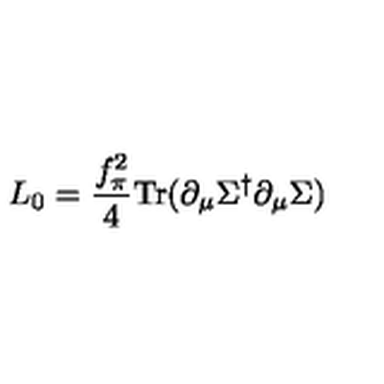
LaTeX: L _ { 0 } = { \frac { f _ { \pi } ^ { 2 } } { 4 } } \mathrm { T r } ( \partial _ { \mu } \Sigma ^ { \dagger } \partial _ { \mu } \Sigma )